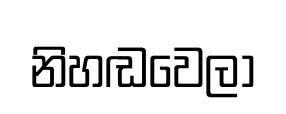
නිහඬවෙලා